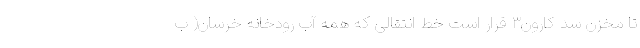
تا مخزن سد کارون۳ قرار است خط انتقالی که همه‌ آب رودخانه خرسان( ب